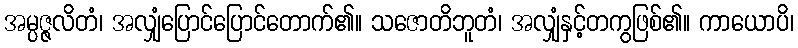
အမ္ပဇ္ဇလိတံ၊ အလျှံပြောင်ပြောင်တောက်၏။ သဇောတိဘူတံ၊ အလျှံနှင့်တကွဖြစ်၏။ ကာယောပိ၊